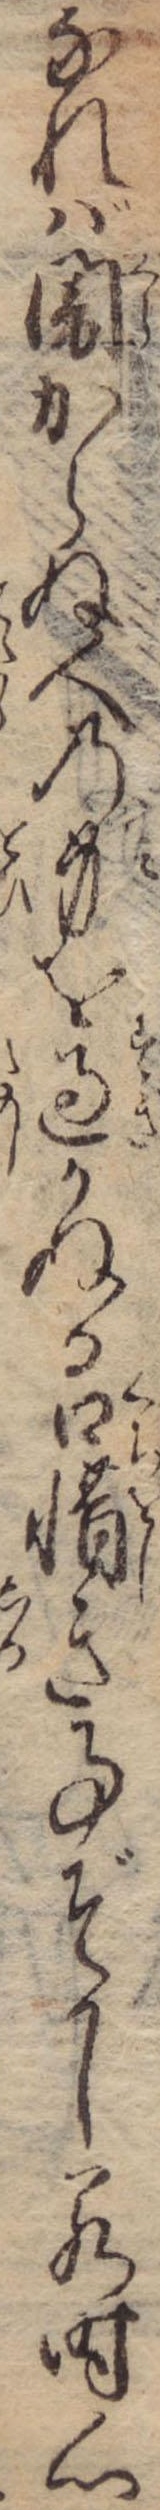
なれば闇からぬ人の身を過かぬる口惜き事ぞかし若時心